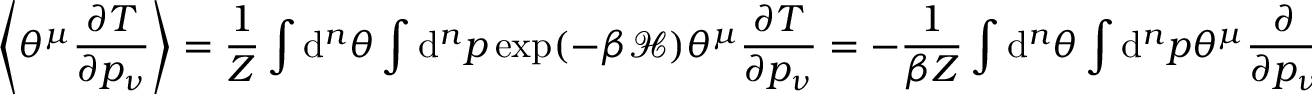
\left\langle \theta ^ { \mu } \frac { \partial T } { \partial p _ { \nu } } \right\rangle = \frac { 1 } { Z } \int \mathrm { d } ^ { n } \theta \int \mathrm { d } ^ { n } p \: \exp ( - \beta \mathcal { H } ) \: \theta ^ { \mu } \frac { \partial T } { \partial p _ { \nu } } = - \frac { 1 } { \beta Z } \int \mathrm { d } ^ { n } \theta \int \mathrm { d } ^ { n } p \: \theta ^ { \mu } \frac { \partial } { \partial p _ { \nu } } \exp ( - \beta \mathcal { H } ) = \frac { 1 } { \beta Z } \int \mathrm { d } ^ { n } \theta \int \mathrm { d } ^ { n } p \: \frac { \partial \theta ^ { \mu } } { \partial p _ { \nu } } \: \exp ( - \beta \mathcal { H } ) = 0